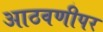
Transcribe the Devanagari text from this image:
आठवणीपर